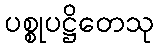
ပစ္စုပဋ္ဌိတေသု